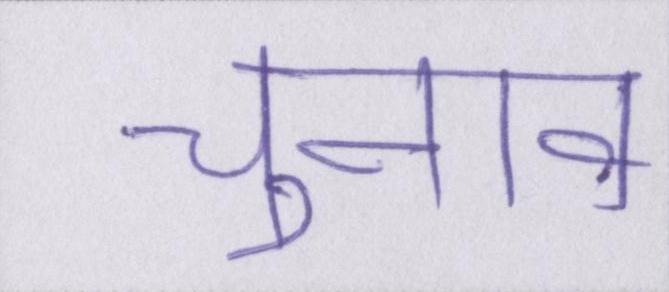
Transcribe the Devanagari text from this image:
चुनाव